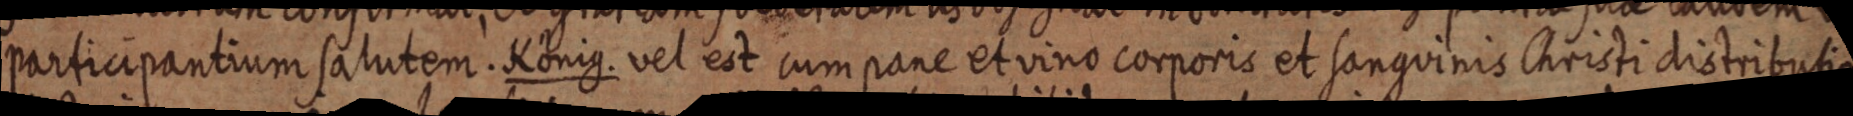
participantium salutem. König. vel est cum pane et vino corporis et sanguinis Christi distributio